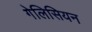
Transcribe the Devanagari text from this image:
गेलिसियन